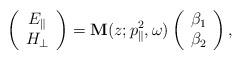
LaTeX: \begin{align*}\left(\begin{array}{c} E_{\parallel}\\H_{\perp} \end{array}\right) = \mathbf{M}(z; p_{\parallel}^2, \omega) \left(\begin{array}{c} \beta_1\\\beta_2 \end{array}\right),\end{align*}